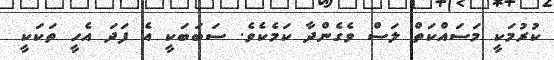
ކުރުމަކީ މަސައްކަތް ލަސް ވެގެންދާ ކަމެކެވެ. ސަބަބަކީ އެ ފަދަ އެހީ ތަކަކީ